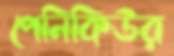
পেনিকিউর